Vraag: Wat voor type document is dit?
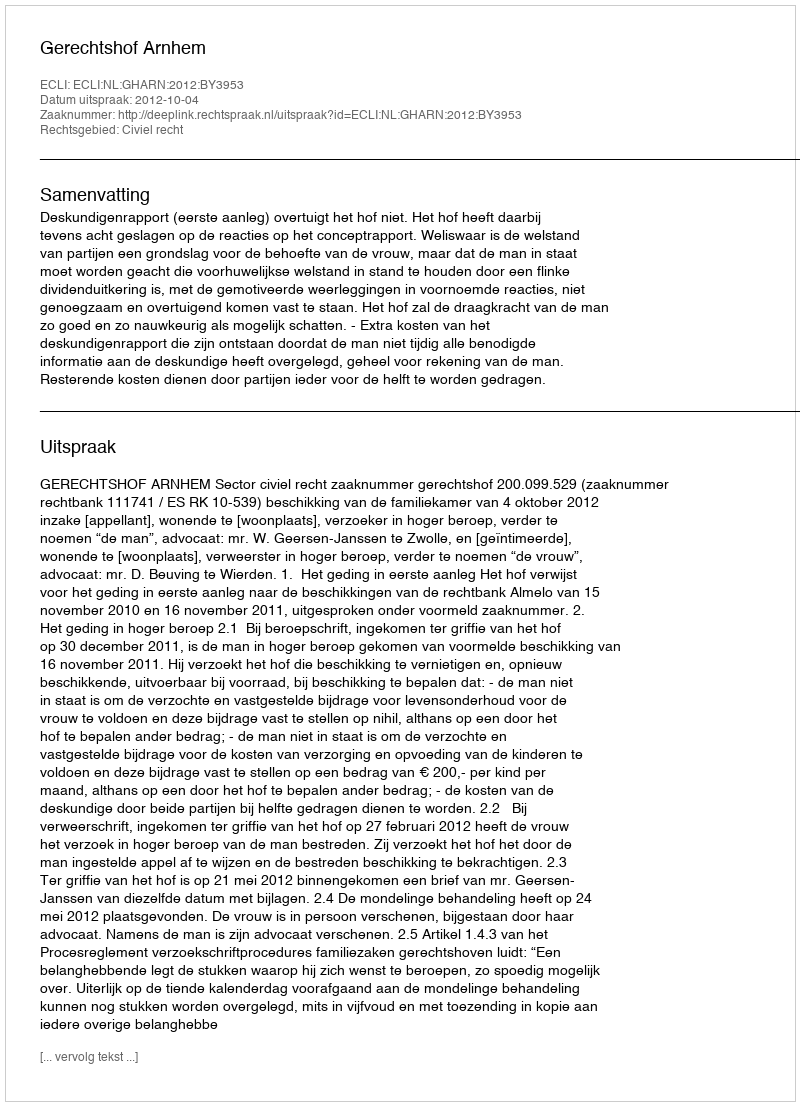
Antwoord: Uitspraak